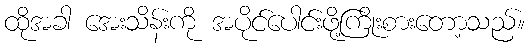
ထိုအခါ အေးသိန်းကို အပိုင်ပေါင်းဖို့ကြိုးစားတော့သည်။